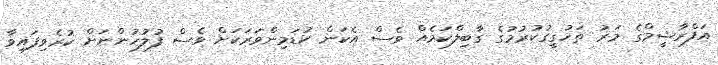
އަފްރާޝީމްގެ މަރު ތަހުގީގުކުރުމުގެ ގާބިލްކަމެއް ވެސް އެކަން ކުޑަމިންވަރަކަށް ވެސް ފުލުހުންނަށް ކުރެވިފައިވާ